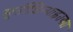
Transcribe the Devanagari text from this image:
मूर्तीशिल्पाइतक्या